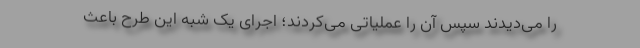
را می‌دیدند سپس آن را عملیاتی می‌کردند؛ اجرای یک شبه این طرح باعث